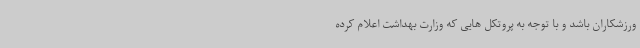
ورزشکاران باشد و با توجه به پروتکل هایی که وزارت بهداشت اعلام کرده